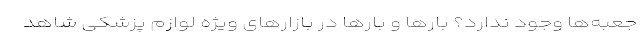
جعبه‌ها وجود ندارد؟ بارها و بارها در بازارهای ویژه لوازم پزشکی شاهد